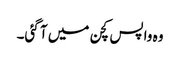
وہ واپس کچن میں آ گئی۔